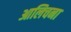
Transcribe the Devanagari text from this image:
आलिचना